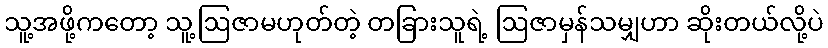
သူ့အဖို့ကတော့ သူ့ဩဇာမဟုတ်တဲ့ တခြားသူရဲ့ ဩဇာမှန်သမျှဟာ ဆိုးတယ်လို့ပဲ